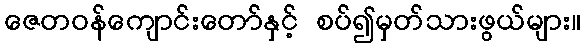
ဇေတဝန်ကျောင်းတော်နှင့် စပ်၍မှတ်သားဖွယ်များ။